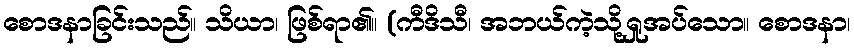
စောဒနာခြင်းသည်။ သိယာ၊ ဖြစ်ရာ၏။ (ကီဒိသီ၊ အဘယ်ကဲ့သို့ရှုအပ်သော။ စောဒနာ၊